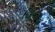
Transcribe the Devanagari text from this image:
९७८२